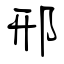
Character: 邢